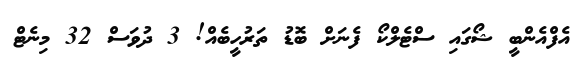
އެފްއެންބީ ޝޯގައި ސްޓެލްކޯ ފެނަށް ބޮޑު ތަރުހީބެއް! 3 ދުވަސް 32 މިނެޓް